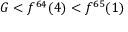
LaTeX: G < f ^ { 6 4 } ( 4 ) < f ^ { 6 5 } ( 1 )